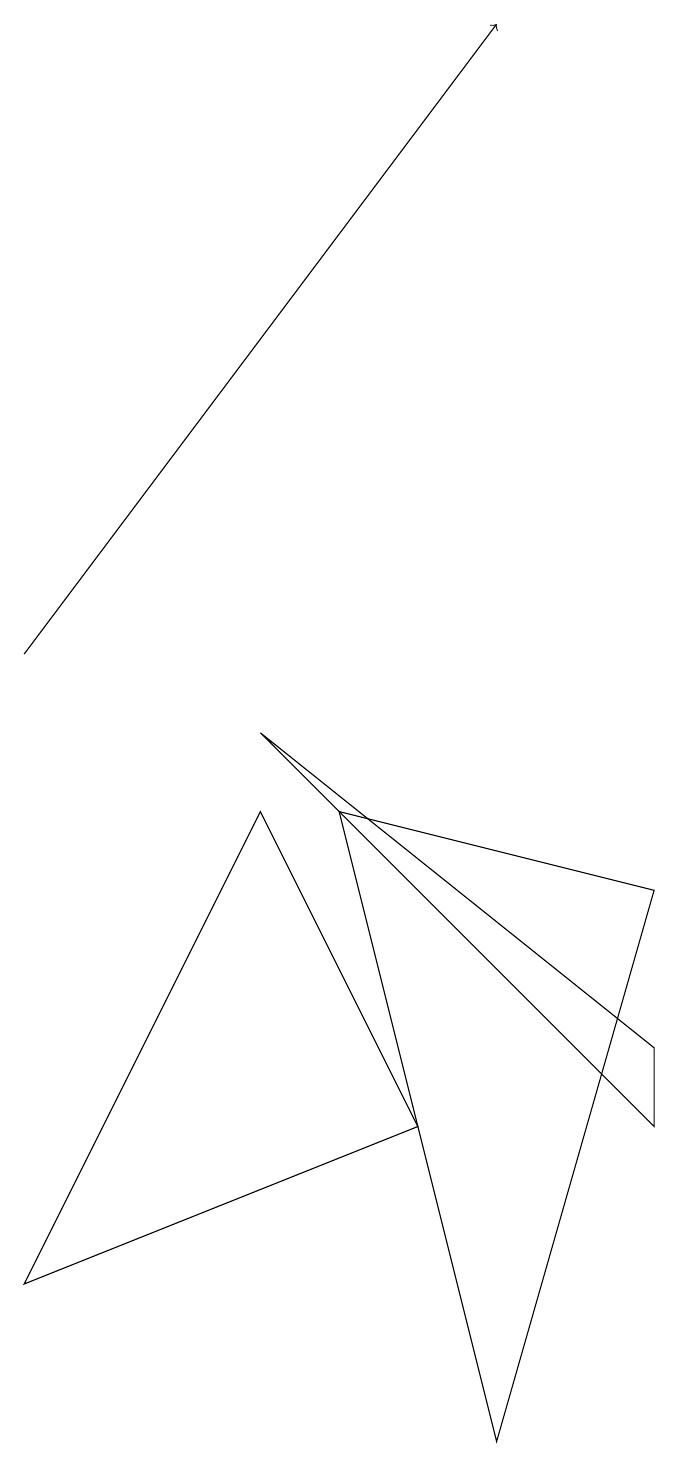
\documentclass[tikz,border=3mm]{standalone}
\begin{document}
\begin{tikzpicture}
\draw[->] (0,10) -- (6,18);
\draw (8,4) -- (3,9) -- (8,5) -- cycle;
\draw (8,7) -- (4,8) -- (6,0) -- cycle;
\draw (5,4) -- (3,8) -- (0,2) -- cycle;
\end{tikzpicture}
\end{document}